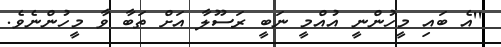
''އެ ބައި މީހުންނީ އުއްމީ ނަބީ ރަސޫލާ އަށް ތަބާ ވާ މީހުންނެވެ.